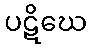
ပဋိဃေ